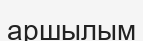
аршылым